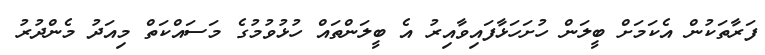
ފަރާތަކުން އެކަމަށް ބީލަން ހުށަހަޅާފައިވާއިރު އެ ބީލަންތައް ހުޅުވުމުގެ މަސައްކަތް މިއަދު މެންދުރު